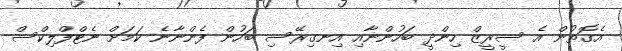
އެގޮތުން އެ ސީރީޒް ހިންދީ ބަހުންނާއި އިނގިރޭސި ބަހުން ފެންނާނެ ކަމަށް ނެޓްފްލިކްސް